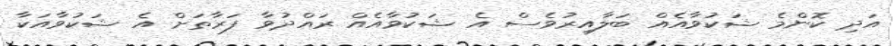
އަދި ކޮންމެ ޝަކުވާއެއް ބަލާއިރުވެސް އެ ޝަކުވާއެއް ރައްދުވާ ފަރާތަށް އެ ޝަކުވާއަކާ